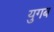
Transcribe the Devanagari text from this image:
युगब